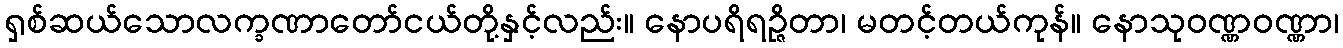
ရှစ်ဆယ်သောလက္ခဏာတော်ငယ်တို့နှင့်လည်း။ နောပရိရဉ္ဇိတာ၊ မတင့်တယ်ကုန်။ နောသုဝဏ္ဏဝဏ္ဏာ၊